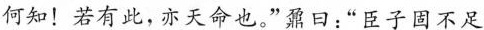
何知！若有此 ，亦天命也。”鼐口：”臣子固不足